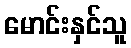
မောင်းနှင်သူ